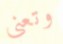
وتعني